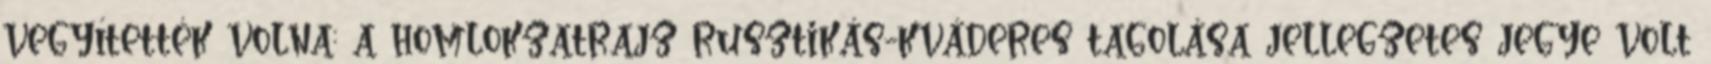
vegyítették volna: a homlokzatrajz rusztikás-kváderes tagolása jellegzetes jegye volt